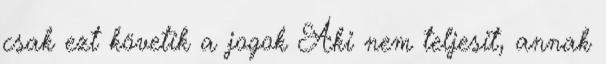
csak ezt követik a jogok Aki nem teljesit, annak